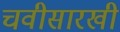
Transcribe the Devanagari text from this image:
चवीसारखी